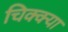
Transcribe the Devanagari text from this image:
चिक्क्या